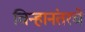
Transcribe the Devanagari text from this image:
चिन्हानंतरचे